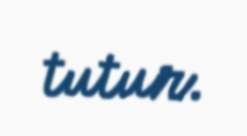
tutur.